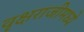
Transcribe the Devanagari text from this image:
वृक्षराजीमध्ये